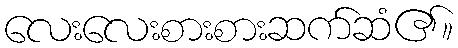
လေးလေးစားစားဆက်ဆံ၏။